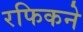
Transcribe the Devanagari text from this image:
रफिकने